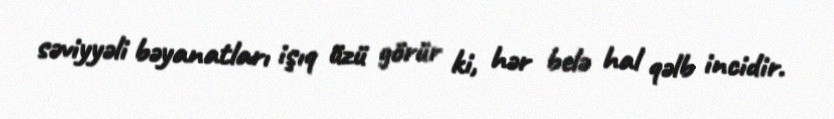
səviyyəli bəyanatları işıq üzü görür ki, hər belə hal qəlb incidir.